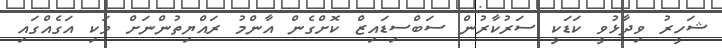
ޝަހީރު ވިދާޅުވީ ކަޑަކީ ސަރުކާރުން ސަބްސިޑައިޒް ކޮށްގެން އާންމު ރައްޔިތުންނަށް ވަކި އަގެއްގައި